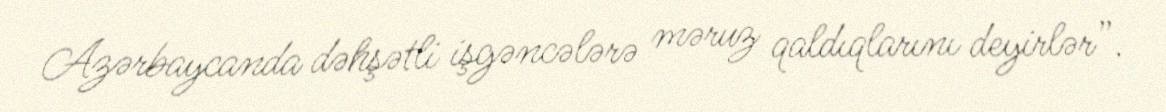
Azərbaycanda dəhşətli işgəncələrə məruz qaldıqlarını deyirlər”.